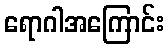
ရောဂါအကြောင်း